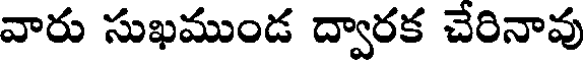
వారు సుఖముండ ద్వారక చేరినావు